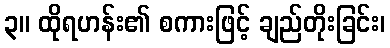
၃။ ထိုရဟန်း၏ စကားဖြင့် ချည်တိုးခြင်း၊